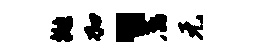
抛加、属元